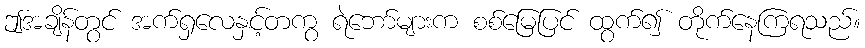
ဤအချိန်တွင် အက်ရှလေနှင့်တကွ ရဲဘော်များက စစ်မြေပြင် ထွက်၍ တိုက်နေကြရသည်။